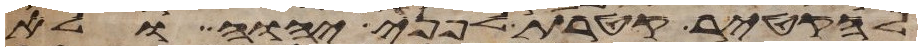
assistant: להקטיר קטרת לפני יהוה ולא